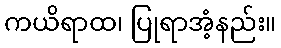
ကယိရာထ၊ ပြုရာအံ့နည်း။